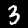
Digit: 3